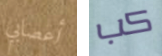
أعصابي كب